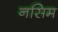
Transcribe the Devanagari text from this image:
नसिम